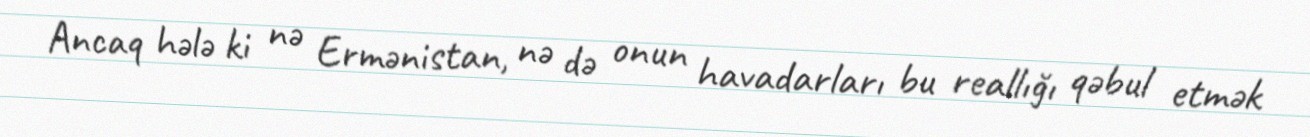
Ancaq hələ ki nə Ermənistan, nə də onun havadarları bu reallığı qəbul etmək